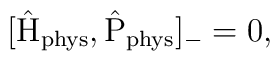
[\hat{\rm H}_{\rm phys}, \hat{\rm P}_{\rm phys}]_{-}  =  0,  \\